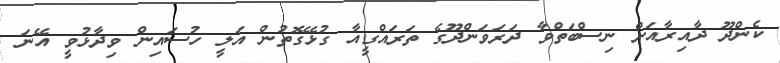
ކެންދޫ ދާއިރާއަށް ނިސްބަތްވާ ދަރަވަންދޫގެ ތަރައްގީއާ ގުޅޭގޮތުން އަލީ ހުސައިން ވިދާޅުވީ އޭނަ